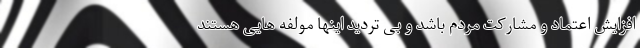
افزایش اعتماد و مشارکت مردم باشد و بی تردید اینها مولفه هایی هستند